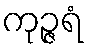
ကုဉ္ဇရံ